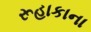
રૂહાકાના